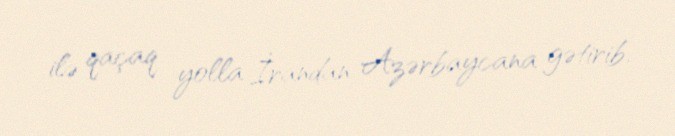
ilə qaçaq yolla İrandan Azərbaycana gətirib.